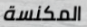
المكنسة